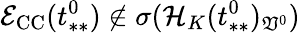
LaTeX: \mathcal{E}_{\mathrm{CC}}(t_{**}^{0})\not\in\sigma(\mathcal{H}_{K}(t_{**}^{0})_{\mathfrak{V}^{0}})